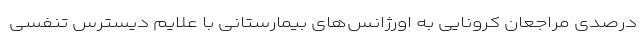
درصدی مراجعان کرونایی به اورژانس‌های بیمارستانی با علایم دیسترس تنفسی